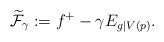
LaTeX: \begin{align*}\widetilde{\mathcal{F}}_{\gamma}:=f^{+}-\gamma E_{g|V(p)}.\end{align*}